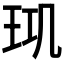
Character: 𤤲